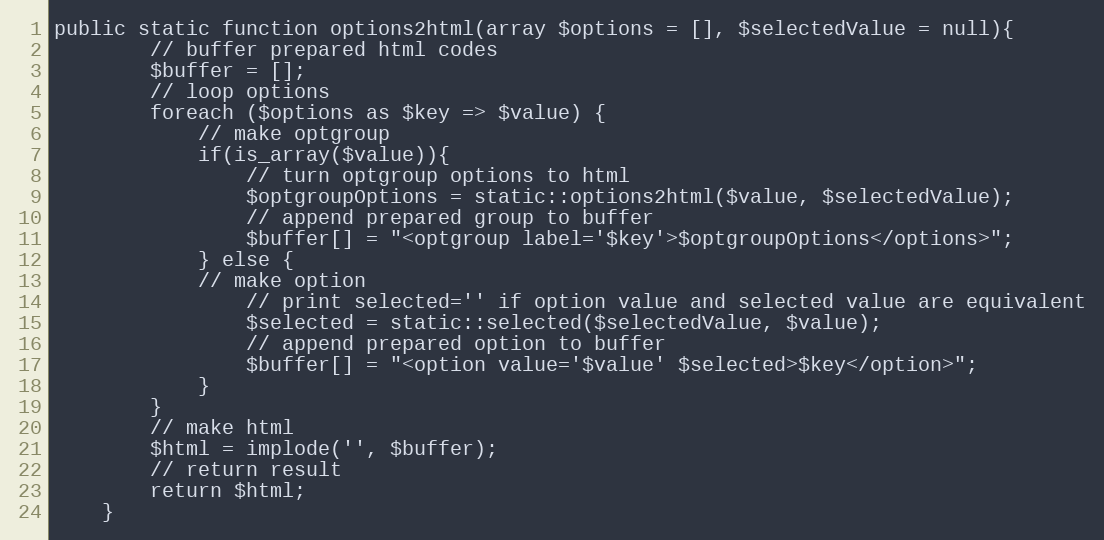
Language: PHP
public static function options2html(array $options = [], $selectedValue = null){
        // buffer prepared html codes
        $buffer = [];
        // loop options
        foreach ($options as $key => $value) {
            // make optgroup
            if(is_array($value)){
                // turn optgroup options to html
                $optgroupOptions = static::options2html($value, $selectedValue);
                // append prepared group to buffer
                $buffer[] = "<optgroup label='$key'>$optgroupOptions</options>";
            } else {
            // make option
                // print selected='' if option value and selected value are equivalent
                $selected = static::selected($selectedValue, $value);
                // append prepared option to buffer
                $buffer[] = "<option value='$value' $selected>$key</option>";
            }
        }
        // make html
        $html = implode('', $buffer);
        // return result
        return $html;
    }